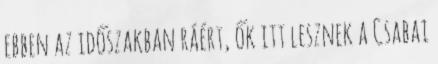
ebben az időszakban ráért, ők itt lesznek a Csabai